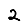
Digit: 2